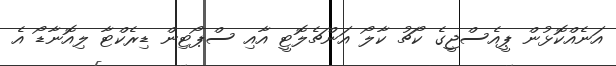
އަނެއްކޮޅުން ޕީއެސްޖީގެ ކޯޗު ކާލޯ އަންޗެލޮޓީ އާއި ސްޕޯޓިން ޑިރެކްޓާ ލިއޮނާޑޯ އެ